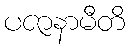
ပဇာနာမီတိ